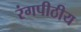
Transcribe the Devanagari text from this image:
रंगपीठीय